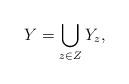
LaTeX: \begin{align*}Y=\bigcup_{z\in Z}Y_z,\end{align*}